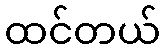
ထင်တယ်